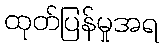
ထုတ်ပြန်မှုအရ